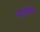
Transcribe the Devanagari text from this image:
बादलसिंह